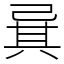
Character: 㠱